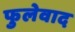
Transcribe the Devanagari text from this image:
फुलेवाद